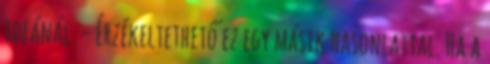
ideánál. - Érzékeltethető ez egy másik hasonlattal. Ha a